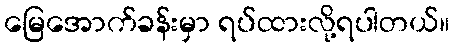
မြေအောက်ခန်းမှာ ရပ်ထားလို့ရပါတယ်။